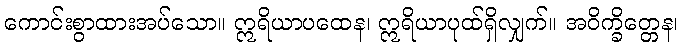
ကောင်းစွာထားအပ်သော။ ဣရိယာပထေန၊ ဣရိယာပုထ်ရှိလျှက်။ အဝိက္ခိတ္တေန၊